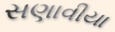
સણાવીયા